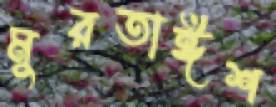
মুরতাঈশ